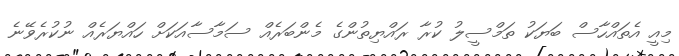
މިއީ އެތައްހާސް ބަޔަކު ތަމްސީލު ކުރާ ރައްޔިތުންގެ މެންބަރެއް ސަމާސާއަކަށް ހައްޔަރެއް ނުކުރެވޭނެ